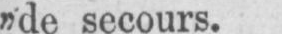
„de secours.